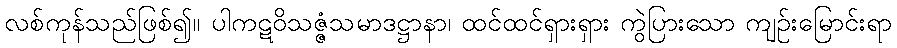
လစ်ကုန်သည်ဖြစ်၍။ ပါကဋဝိသဇ္ဇံသမာဒဋ္ဌာနာ၊ ထင်ထင်ရှားရှား ကွဲပြားသော ကျဉ်းမြောင်းရာ